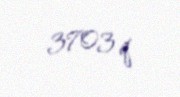
3703 q